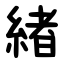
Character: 緖